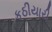
કઠીયારી